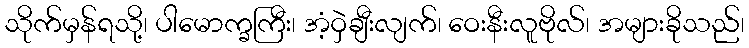
သိုက်မှန်ရသို့၊ ပါမောက္ခကြီး၊ အံ့ဝှဲချီးလျက်၊ ဝေးနီးလူဗိုလ်၊ အများခိုသည်၊